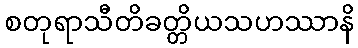
စတုရာသီတိခတ္တိယသဟဿာနိ